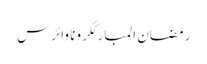
رمضان المبارککرونا وائرس